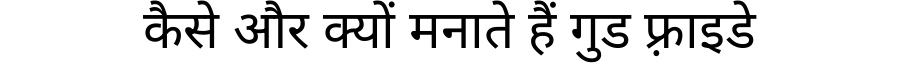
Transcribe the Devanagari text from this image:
कैसे और क्यों मनाते हैं गुड फ़्राइडे